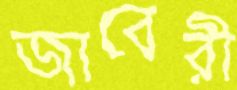
জাবেরী